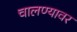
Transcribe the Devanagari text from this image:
चालण्यावर